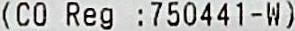
(CO REG :750441-W)